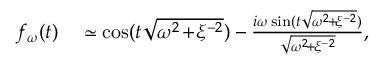
\begin{array} { r l } { f _ { \omega } ( t ) } & { { } \simeq \cos ( t \sqrt { \omega ^ { 2 } \! + \! \xi ^ { - 2 } } ) - \frac { i \omega \sin ( t \sqrt { \omega ^ { 2 } \! + \! \xi ^ { - 2 } } ) } { \sqrt { \omega ^ { 2 } \! + \! \xi ^ { - 2 } } } , } \end{array}